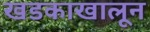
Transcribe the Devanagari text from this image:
खडकाखालून